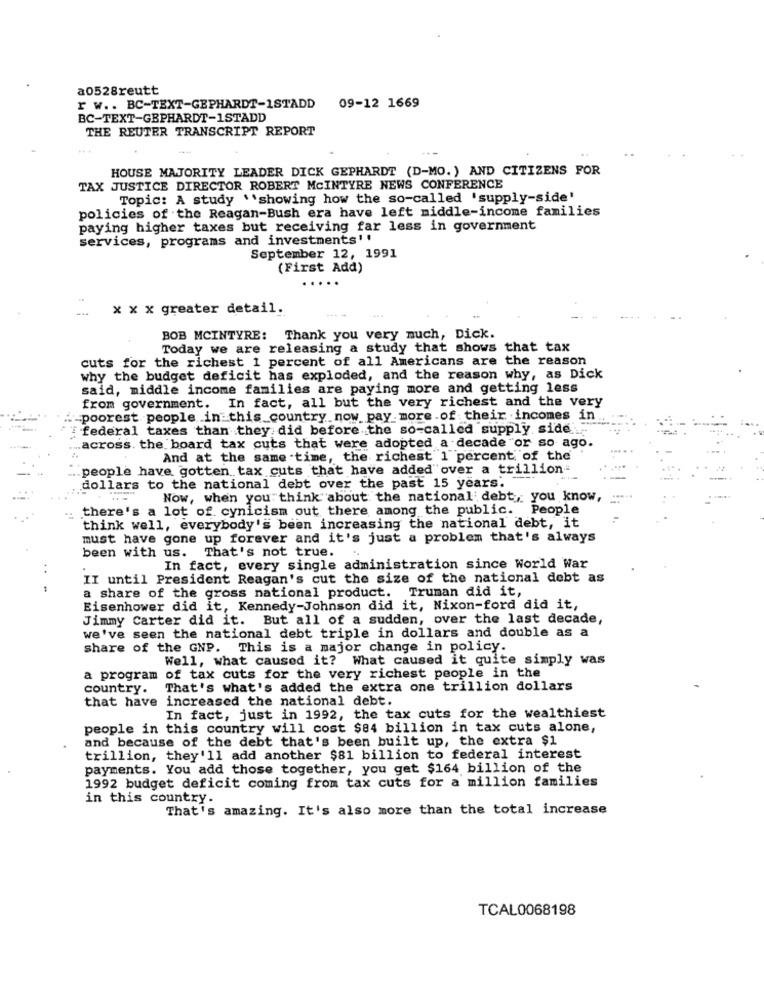
a0528reutt
r w .. BC-TEXT-GEPHARDT-1STADD 09-12 1669
BC-TEXT-GBPHARDT-1STADD
THE REUTER TRANSCRIPT REPORT
HOUSE MAJORITY LEADER DICK GEPHARDT (D-MO. ) AND CITIZENS FOR
TAX JUSTICE DIRECTOR ROBERT MCINTYRE NEWS CONFERENCE
Topic: A study \'showing how the so-called 'supply-side'
policies of the Reagan-Bush era have left middle-income families
paying higher taxes but receiving far less in government
services, programs and investments''
September 12, 1991
(First Add)
x x x greater detail.
BOB MCINTYRE: Thank you very much, Dick.
Today we are releasing a study that shows that tax
cuts for the richest 1 percent of all Americans are the reason
why the budget deficit has exploded, and the reason why, as Dick
said, middle income families are paying more and getting less
from government. In fact, all but the very richest and the very
-poorest people in this country now pay more of their incomes in
federal taxes than they did before the so-called supply side
across. the board tax cuts that were adopted a decade or so ago.
And at the same time, the richest 1 percent of the
people have gotten tax cuts that have added" over a trillion-
dollars to the national debt over the past 15 years.
Now, when you think about the national debt, you know,
there's a lot of cynicism out there among the public. People
think well, everybody's been increasing the national debt, it
must have gone up forever and it's just a problem that's always
been with us. That's not true.
. .
In fact, every single administration since World War
II until President Reagan's cut the size of the national debt as
a share of the gross national product. Truman did it,
Eisenhower did it, Kennedy-Johnson did it, Nixon-ford did it,
Jimmy Carter did it. But all of a sudden, over the last decade,
we've seen the national debt triple in dollars and double as a
share of the GNP. This is a major change in policy.
Well, what caused it? What caused it quite simply was
a program of tax cuts for the very richest people in the
country.
That's what's added the extra one trillion dollars
that have increased the national debt.
In fact, just in 1992, the tax cuts for the wealthiest
people in this country will cost $84 billion in tax cuts alone,
and because of the debt that's been built up, the extra $1
trillion, they'll add another $81 billion to federal interest
payments. You add those together, you get $164 billion of the
1992 budget deficit coming from tax cuts for a million families
in this country.
That's amazing. It's also more than the total increase
TCAL0068198